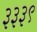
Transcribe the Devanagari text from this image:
३३३९